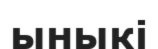
ыныкі